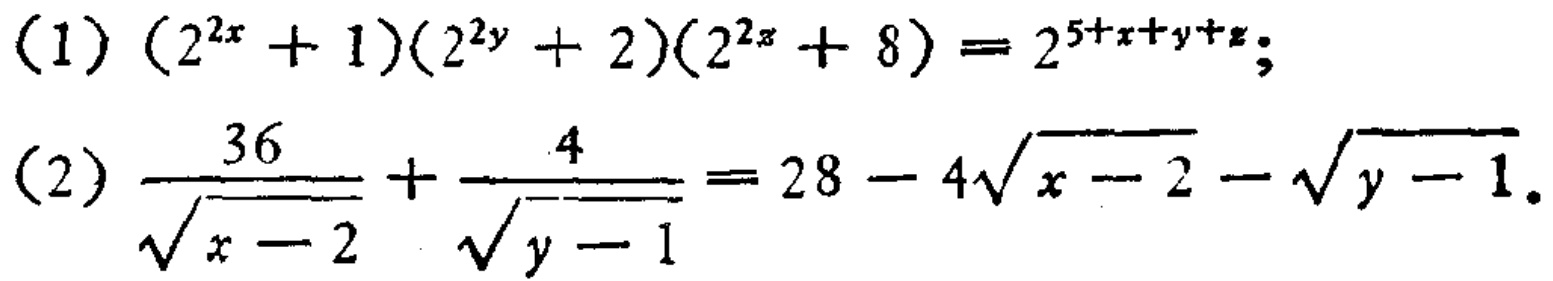
(1) \((2^{2x}+1)(2^{2y}+2)(2^{2z}+8)=2^{5 + x + y+z}\);
(2) \(\frac{36}{\sqrt{x - 2}}+\frac{4}{\sqrt{y - 1}}=28 - 4\sqrt{x - 2}-\sqrt{y - 1}\).